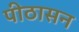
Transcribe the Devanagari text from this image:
पीठासन